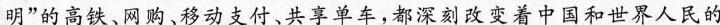
明的高铁网购移动支付共享单车，都深刻改变着中国和世界大民的